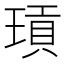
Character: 𭹫